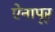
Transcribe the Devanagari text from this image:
ऐनापूर